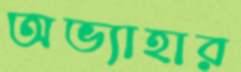
অভ্যাহার